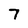
Character: 7